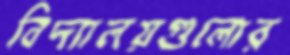
বিদ্যালয়গুলোর